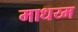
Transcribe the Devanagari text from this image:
माधय्म